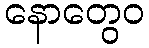
နောတွေဝ